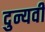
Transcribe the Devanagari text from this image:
दुन्यवी